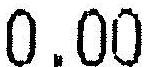
0.00